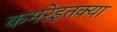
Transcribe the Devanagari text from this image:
कमरेइतक्या